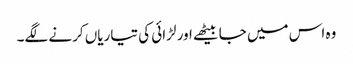
وہ اس میں جا بیٹھے اور لڑائی کی تیاریاں کرنے لگے۔